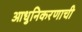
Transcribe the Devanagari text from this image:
आधुनिकरणाची